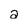
Character: 2